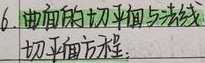
6. 曲面的切平面与法线
切平面方程：